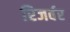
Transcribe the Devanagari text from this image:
रिजर्वर